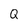
Character: Q